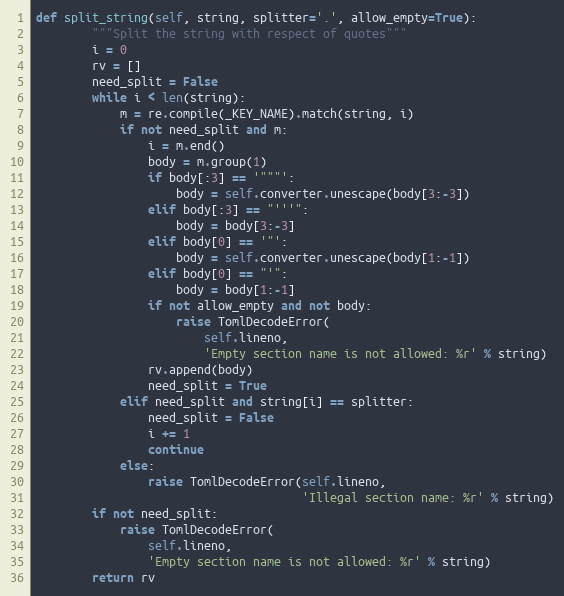
Language: Python
def split_string(self, string, splitter='.', allow_empty=True):
        """Split the string with respect of quotes"""
        i = 0
        rv = []
        need_split = False
        while i < len(string):
            m = re.compile(_KEY_NAME).match(string, i)
            if not need_split and m:
                i = m.end()
                body = m.group(1)
                if body[:3] == '"""':
                    body = self.converter.unescape(body[3:-3])
                elif body[:3] == "'''":
                    body = body[3:-3]
                elif body[0] == '"':
                    body = self.converter.unescape(body[1:-1])
                elif body[0] == "'":
                    body = body[1:-1]
                if not allow_empty and not body:
                    raise TomlDecodeError(
                        self.lineno,
                        'Empty section name is not allowed: %r' % string)
                rv.append(body)
                need_split = True
            elif need_split and string[i] == splitter:
                need_split = False
                i += 1
                continue
            else:
                raise TomlDecodeError(self.lineno,
                                      'Illegal section name: %r' % string)
        if not need_split:
            raise TomlDecodeError(
                self.lineno,
                'Empty section name is not allowed: %r' % string)
        return rv